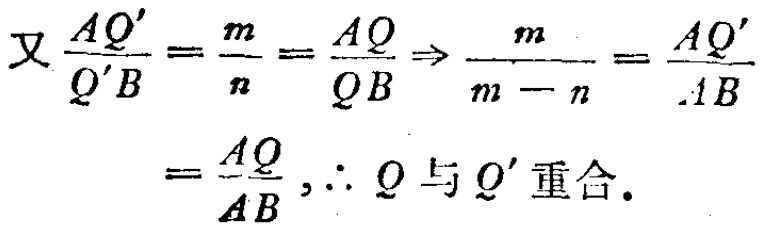
\[
\begin{align*}
\text{又}\frac{AQ'}{Q'B}=\frac{m}{n}=\frac{AQ}{QB}&\Rightarrow\frac{m}{m - n}=\frac{AQ'}{AB}\\
&=\frac{AQ}{AB},\therefore Q\text{ 与 }Q'\text{ 重合}.
\end{align*}
\]